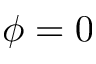
\phi = 0